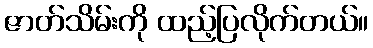
ဇာတ်သိမ်းကို ထည့်ပြလိုက်တယ်။